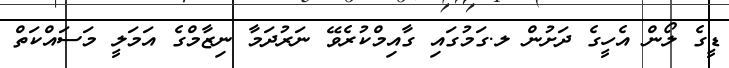
ޑީގެ ލޯން އެހީގެ ދަށުން ލ.ގަމުގައި ގާއިމްކުރެވޭ ނަރުދަމާ ނިޒާމްގެ އަމަލީ މަސައްކަތް